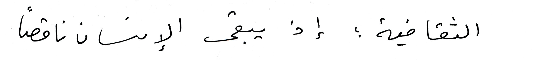
الثقافية؛ إذ يبقى الإنسان ناقصاً